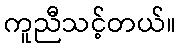
ကူညီသင့်တယ်။